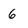
Character: 6